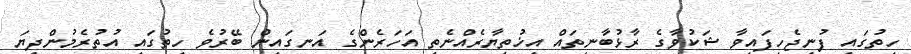
ހިތުގައި ފުނިޖެހިފައިވާ ޝަކުވާގެ ރާޅުބާނިތައް އިޚުތިޔާރެއްނެތި އަހަރެންގެ އަނގައިން ބޭރުވެ ހިތުގައި އުތުރެމުންދިޔަ